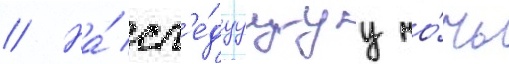
// На́ сл'е́дуущуу но́чь